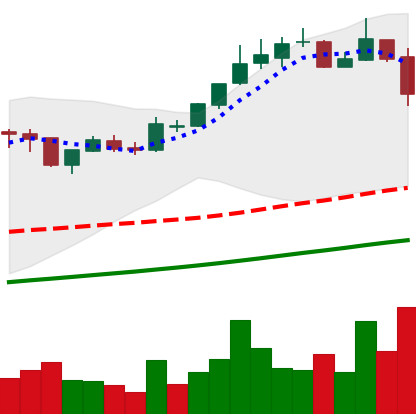
Ticker: BTC-USD
Chart end date: 2017-11-10
Forward return: 10.538%
Label: up_7plus